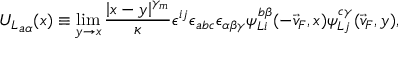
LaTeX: { U _ { L } } _ { a \alpha } ( x ) \equiv \operatorname * { l i m } _ { y \to x } { \frac { \left| x - y \right| ^ { \gamma _ { m } } } { \kappa } } \epsilon ^ { i j } \epsilon _ { a b c } \epsilon _ { \alpha \beta \gamma } \psi _ { L i } ^ { b \beta } ( - \vec { v } _ { F } , x ) \psi _ { L j } ^ { c \gamma } ( \vec { v } _ { F } , y ) ,